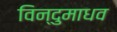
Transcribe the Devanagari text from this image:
विन्दुमाधव